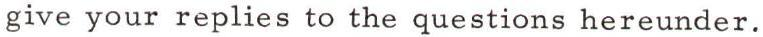
give your replies to the questions hereunder.